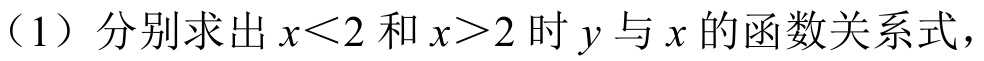
（1）分别求出 \(x<2\) 和 \(x > 2\) 时 \(y\) 与 \(x\) 的函数关系式，